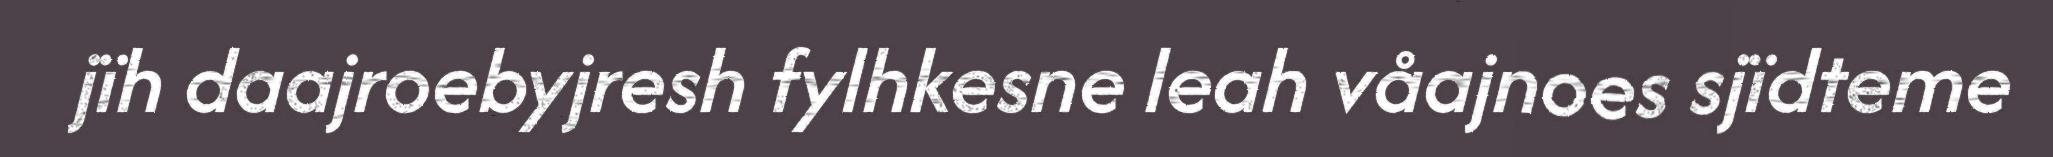
jïh daajroebyjresh fylhkesne leah våajnoes sjïdteme